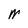
Character: M